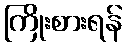
ကြိုးစားရန်